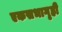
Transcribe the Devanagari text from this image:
एकसभागृही